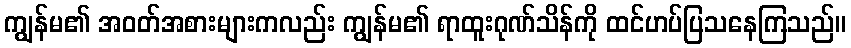
ကျွန်မ၏ အဝတ်အစားများကလည်း ကျွန်မ၏ ရာထူးဂုဏ်သိန်ကို ထင်ဟပ်ပြသနေကြသည်။